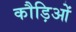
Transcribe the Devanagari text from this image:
कौड़िओं